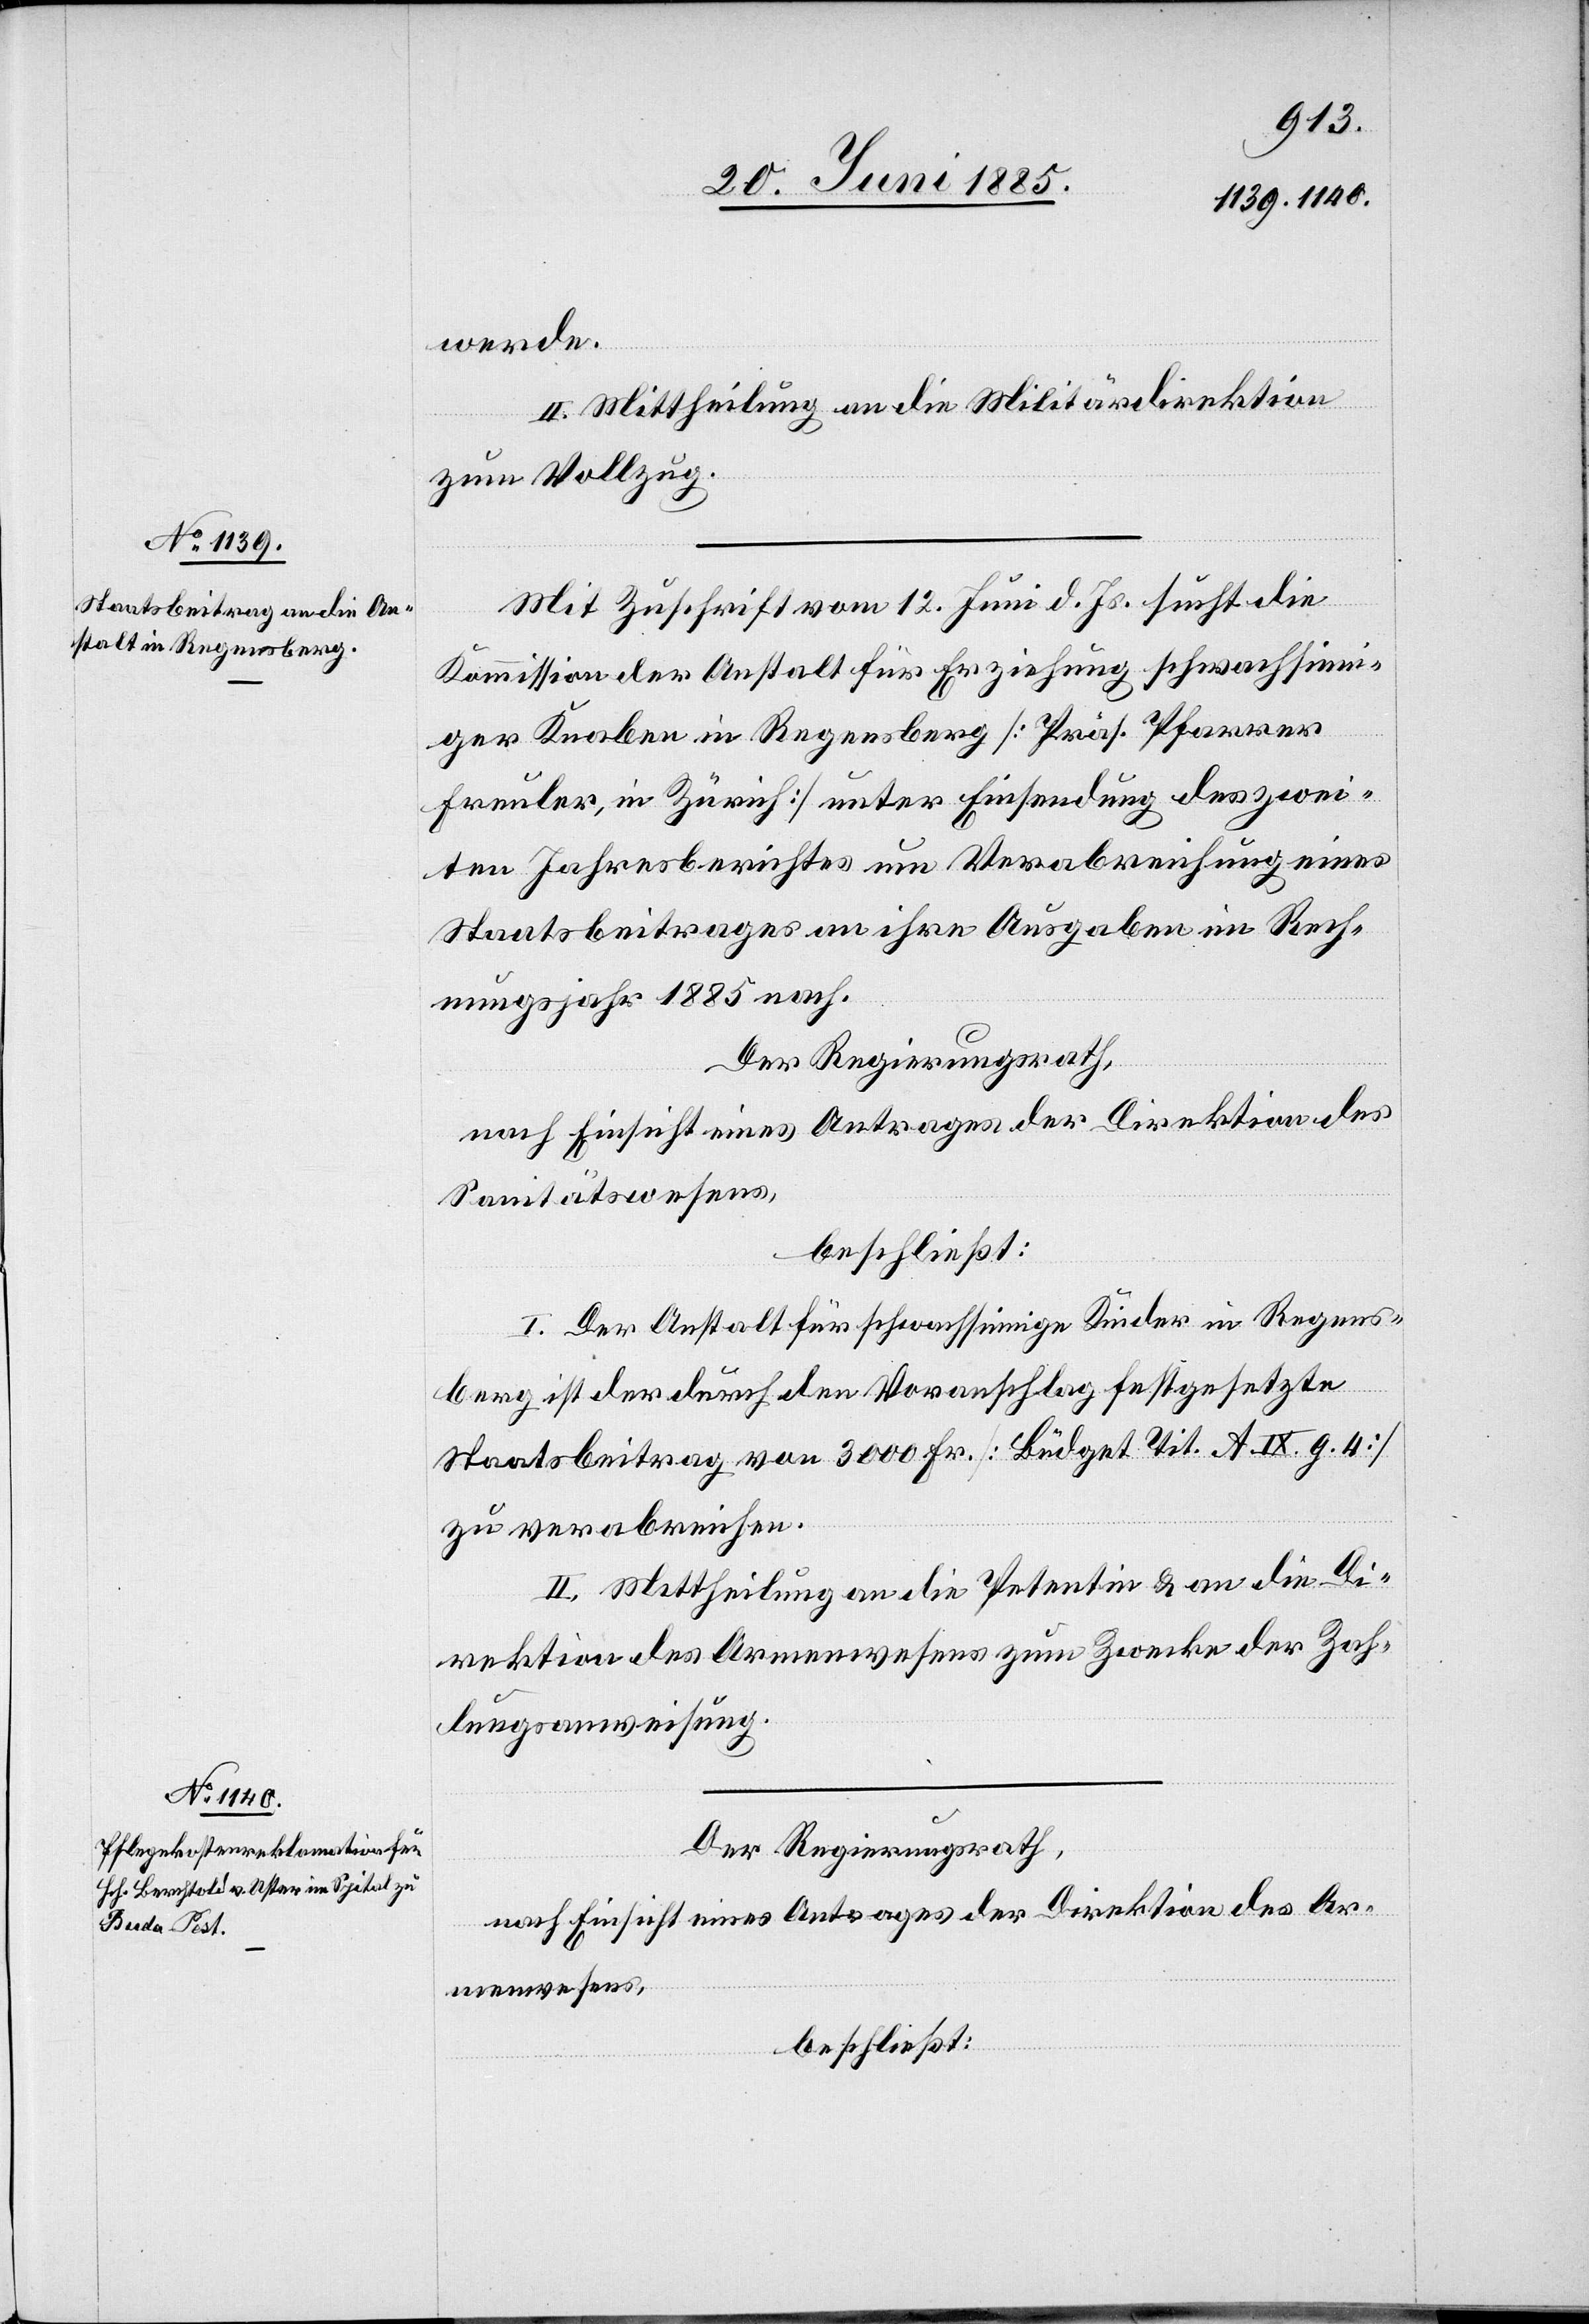
werde.
II. Mittheilung an die Militärdirektion
zum Vollzug.
Mit Zuschrift vom 12. Juni d. Js. sucht die
Kommission der Anstalt für Erziehung schwachsinn¬
iger Knaben in Regensberg [Präs. Pfarrer
Freuler, in Zürich] unter Einsendung des zwei¬
ten Jahresberichtes um Verabreichung eines
Staatsbeitrages an ihre Ausgaben im Rech¬
nungsjahr 1885 nach.
Der Regierungsrath,
nach Einsicht eines Antrages der Direktion des
Sanitätswesens,
beschließt:
I. Der Anstalt für schwachsinnige Kinder in Regens¬
berg ist der durch den Voranschlag festgesetzte
Staatsbeitrag von 3000 Fr. [Büdget Tit. A. IX. g. 4]
zu verabreichen.
II. Mittheilung an die Petentin & an die Di¬
rektion des Armenwesens zum Zwecke der Zah¬
lungsanweisung.
Der Regierungsrath,
nach Einsicht eines Antrages der Direktion des Ar¬
menwesens,
beschließt: